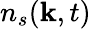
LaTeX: n_{s}(\mathbf{k},t)